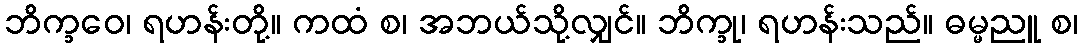
ဘိက္ခဝေ၊ ရဟန်းတို့။ ကထံ စ၊ အဘယ်သို့လျှင်။ ဘိက္ခု၊ ရဟန်းသည်။ ဓမ္မညူ စ၊